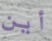
أين